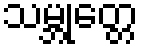
သမ္ဘုတ္တေ